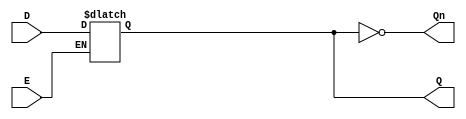
module GatedDLatch (
    input wire D,      // Data Input
    input wire E,      // Enable signal
    output reg Q,      // Output
    output wire Qn     // Complement of Q
);

// Complement of Q
assign Qn = ~Q;

// Always block to model the behavior of the Gated D Latch
always @(*) begin
    if (E) begin
        // When Enable (E) is HIGH, Q follows D
        Q = D;
    end
    // When Enable (E) is LOW, Q retains its value (hold state)
end

endmodule